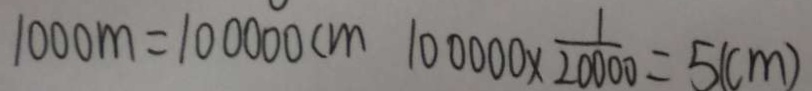
1 0 0 0 m = 1 0 0 0 0 0 c m 1 0 0 0 0 0 \times \frac { 1 } { 2 0 0 0 0 } = 5 ( c m )